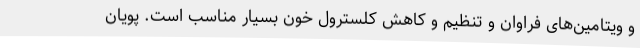
و ویتامین‌های فراوان و تنظیم و کاهش کلسترول خون بسیار مناسب است. پویان